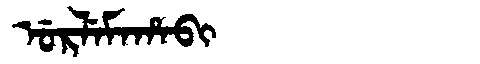
Manchu: ᡠᡵᠯᡝᠮᠠᡥᠠᠪᡳ
Romanization: URLEMAHABI